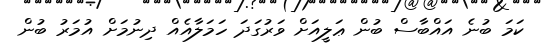
ކަމަ ބުނެ އައްބާސް ބުން ޢަލީއަށް ވަރުގަދަ ހަމަލާއެއް ދިނުމަށް އުމަރު ބުން